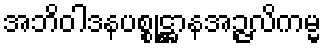
အဘိဝါဒနပစ္စုဋ္ဌာနအဉ္ဇလိကမ္မ